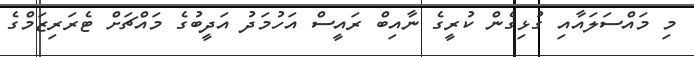
މި މައްސަލައާއި ގުޅިގެން ކުރީގެ ނާއިބް ރައީސް އަހުމަދު އަދީބުގެ މައްޗަށް ޓެރަރިޒަމްގެ